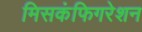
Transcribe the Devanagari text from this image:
मिसकंफिगरेशन